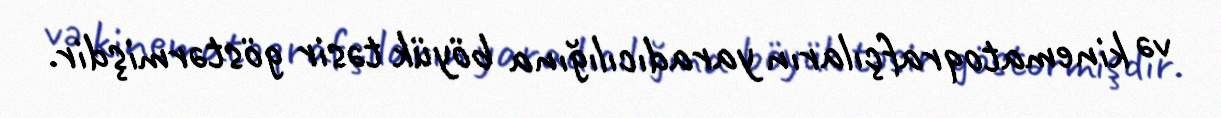
və kinematoqrafçıların yaradıcılığına böyük təsir göstərmişdir.